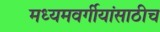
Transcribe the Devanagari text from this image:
मध्यमवर्गीयांसाठीच